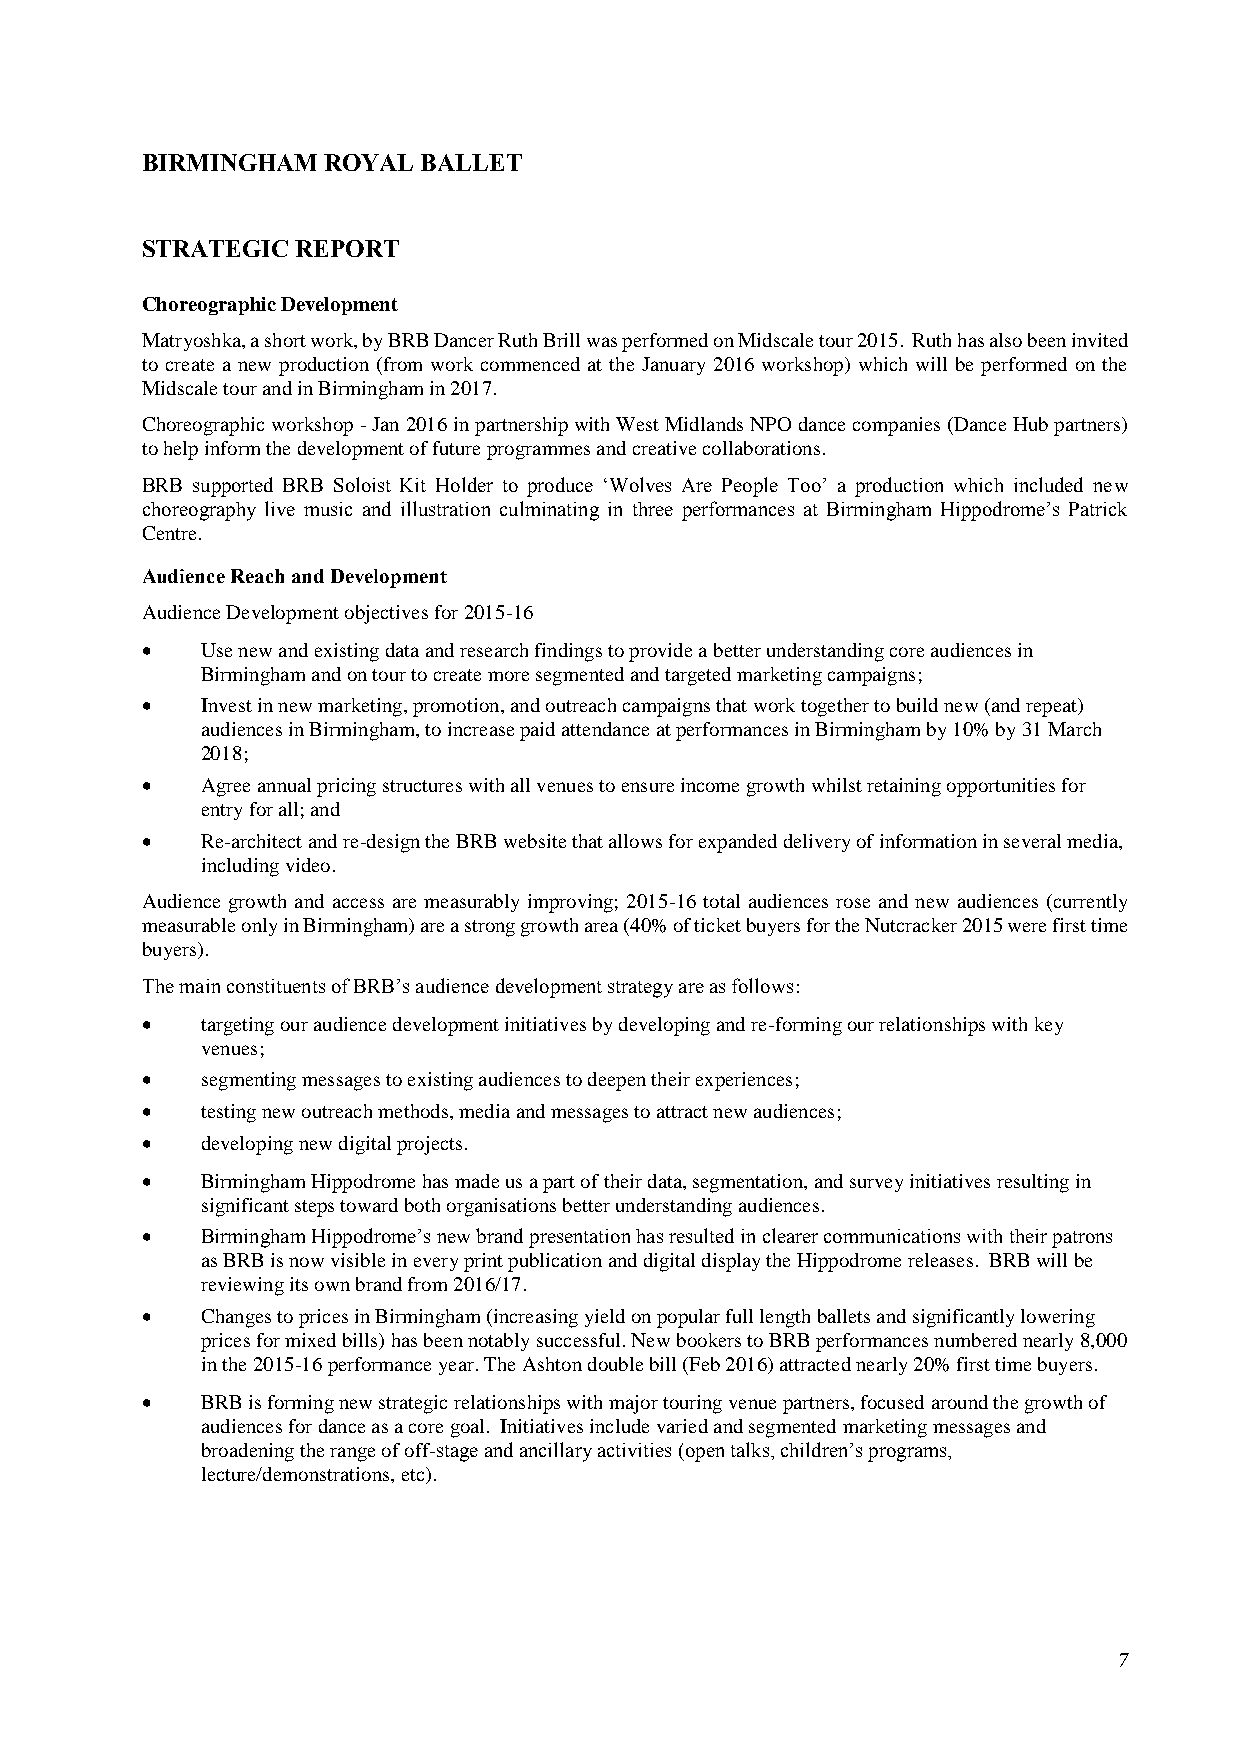
BIRMINGHAM  ROYAL  BALLET
 STRATEGIC  REPORT
 Choreographic Development
 Matryoshka, a short work, by BRB Dancer Ruth Brill was performed on Midscale tour 2015. Ruth has also been invited
 to create a new production (from work commenced at the January 2016 workshop) which will be performed on the
 Midscale tour and in Birmingham in 2017.
 Choreographic workshop - Jan 2016 in partnership with West Midlands NPO dance companies (Dance Hub partners)
 to help inform the development of future programmes and creative collaborations.
 BRB supported BRB Soloist Kit Holder to produce ‘Wolves Are People Too’ a production which included new
 choreography live music and illustration culminating in three performances at Birmingham Hippodrome’s Patrick
 Centre.
 Audience Reach and Development
 Audience Development objectives for 2015-16
    Use new and existing data and research findings to provide a better understanding core audiences in
 Birmingham and on tour to create more segmented and targeted marketing campaigns;
    Invest in new marketing, promotion, and outreach campaigns that work together to build new (and repeat)
 audiences in Birmingham, to increase paid attendance at performances in Birmingham by 10% by 31 March
 2018;
    Agree annual pricing structures with all venues to ensure income growth whilst retaining opportunities for
 entry for all; and
    Re-architect and re-design the BRB website that allows for expanded delivery of information in several media,
 including video.
 Audience growth and access are measurably improving; 2015-16 total audiences rose and new audiences (currently
 measurable only in Birmingham) are a strong growth area (40% of ticket buyers for the Nutcracker 2015 were first time
 buyers).
 The main constituents of BRB’s audience development strategy are as follows:
    targeting our audience development initiatives by developing and re-forming our relationships with key
 venues;
    segmenting messages to existing audiences to deepen their experiences;
    testing new outreach methods, media and messages to attract new audiences;
    developing new digital projects.
    Birmingham Hippodrome has made us a part of their data, segmentation, and survey initiatives resulting in
 significant steps toward both organisations better understanding audiences.
    Birmingham Hippodrome’s new brand presentation has resulted in clearer communications with their patrons
 as BRB is now visible in every print publication and digital display the Hippodrome releases. BRB will be
 reviewing its own brand from 2016/17.
    Changes to prices in Birmingham (increasing yield on popular full length ballets and significantly lowering
 prices for mixed bills) has been notably successful. New bookers to BRB performances numbered nearly 8,000
 in the 2015-16 performance year. The Ashton double bill (Feb 2016) attracted nearly 20% first time buyers.
    BRB is forming new strategic relationships with major touring venue partners, focused around the growth of
 audiences for dance as a core goal. Initiatives include varied and segmented marketing messages and
 broadening the range of off-stage and ancillary activities (open talks, children’s programs,
 lecture/demonstrations, etc).
 7